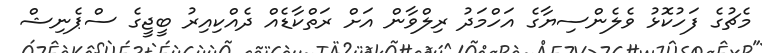
މެޗުގެ ފަހުކޮޅު ވެލެންސިޔާގެ އަހްމަދު ރިލްވާން އަށް ރަތްކާޑެއް ދެއްކިއިރު ބީޖީގެ ސްޕެނިޝް